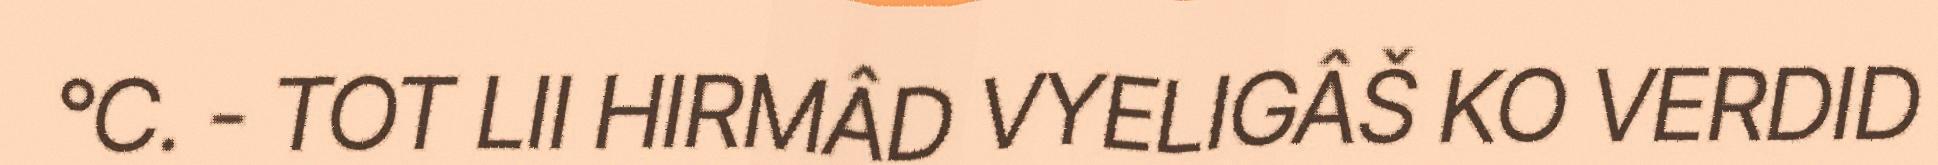
°C. - TOT LII HIRMÂD VYELIGÂŠ KO VERDID